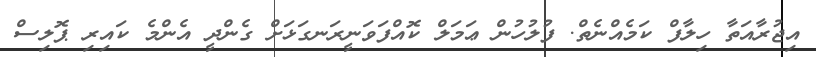
އިޖުރާއަތާ ހިލާފް ކަމެއްނެތް. ފުލުހުން ޢަމަލް ކޮއްފަވަނީރަނގަޅަށް ގެންދީ އެންމެ ކައިރި ޕޮލިސް